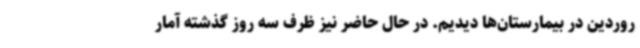
روردین در بیمارستان‌ها دیدیم. در حال حاضر نیز ظرف سه روز گذشته آمار